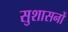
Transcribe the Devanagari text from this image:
सुशासनों